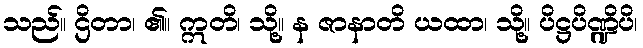
သည်။ ဌိတာ၊ ၏။ ဣတိ၊ သို့။ န ဇာနာတိ ယထာ၊ သို့။ ပိဋ္ဌပိဏ္ဍိပိ၊